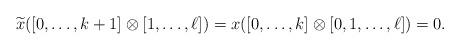
LaTeX: \begin{align*} \widetilde{x}([0,\ldots, k+1]\otimes [1,\ldots, \ell])= x([0,\ldots, k]\otimes [0,1,\ldots, \ell])=0. \end{align*}